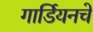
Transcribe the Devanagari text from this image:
गार्डियनचे